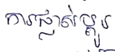
ការផ្លាស់ប្តូរ